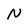
Character: N